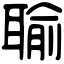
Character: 𦖭